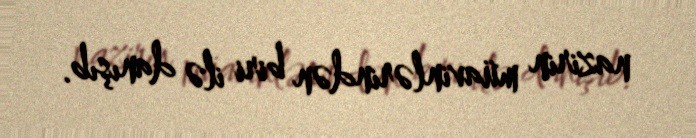
nazirin müavinlərindən biri ilə danışıb.